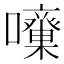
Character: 𡅓